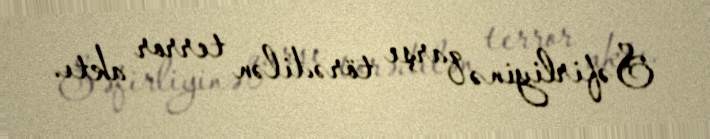
Səfirliyinə qarşı törədilən terror aktı.